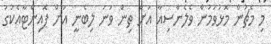
މި މެޗުން މޮޅުވުމުން ވެލެންސިއާ އަށް ތިން ވަނަ ލިބެނީ އަށް ޕޮއިންޓާއެކުގަ